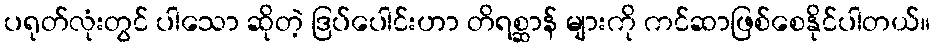
ပရုတ်လုံးတွင် ပါသော ဆိုတဲ့ ဒြပ်ပေါင်းဟာ တိရစ္ဆာန် များကို ကင်ဆာဖြစ်စေနိုင်ပါတယ်။